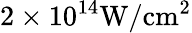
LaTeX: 2\times 10^{14}\mathrm{W/cm^{2}}